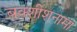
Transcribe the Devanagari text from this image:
बक्शीशनामा